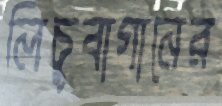
লিচুবাগানের